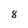
Character: 8